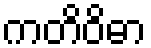
ကတိဝိဓာ